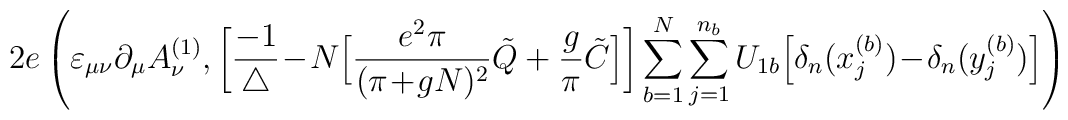
2e \left( \varepsilon_{\mu \nu} \partial_\mu A^{(1)}_\nu,\bigg[ \frac{-1}{\triangle}\!-\!N \Big[ \frac{e^2 \pi}{(\pi\!+\!gN)^2}\tilde{Q} +\frac{g}{\pi} \tilde{C} \Big]\bigg] \sum_{b=1}^N \sum_{j=1}^{n_b} U_{1 b}\Big[ \delta_n(x_j^{(b)})\!-\!\delta_n(y_j^{(b)}) \Big] \right)